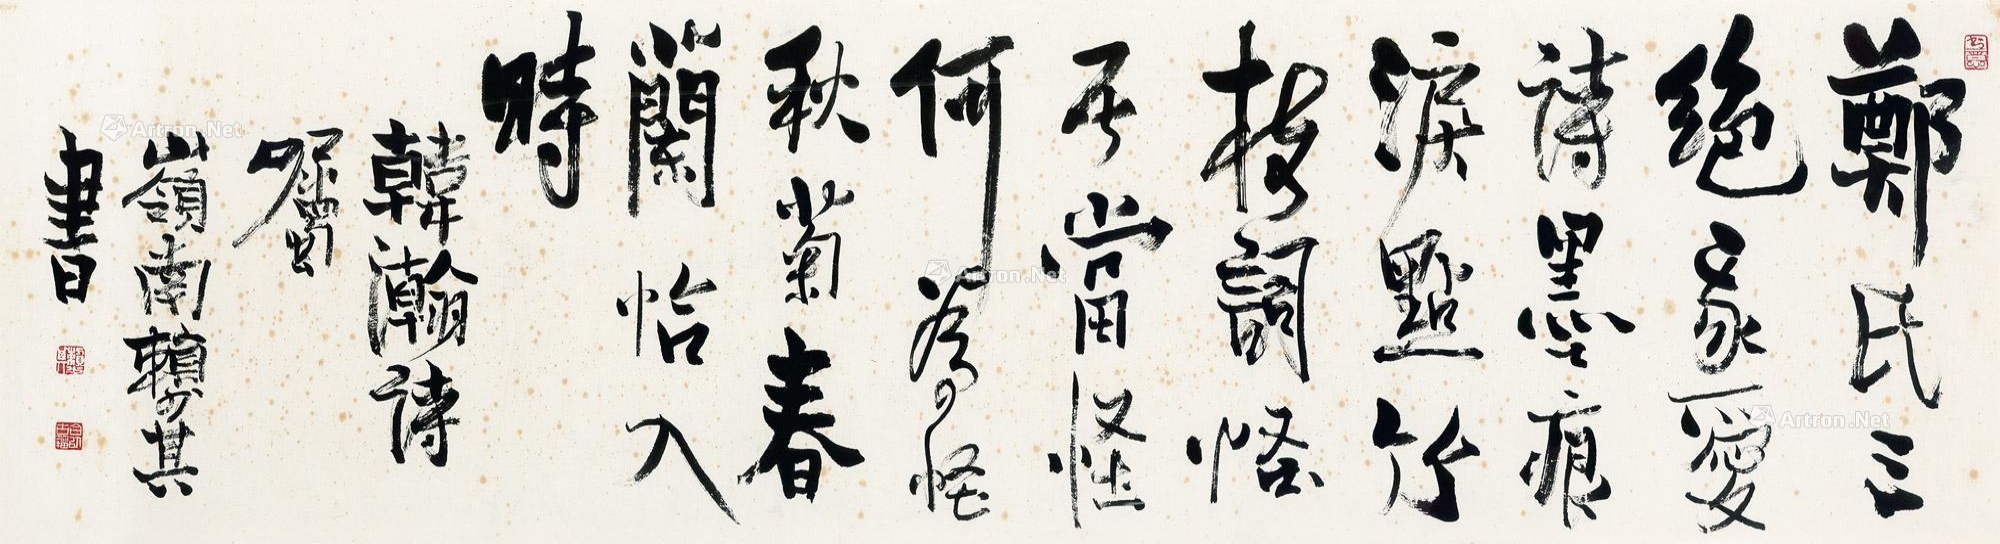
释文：郑氏三绝我爱诗，墨痕泪点竹枝词，怪其当怪何为怪，秋菊春兰恰入时。韩瀚诗嘱岭南赖少其书